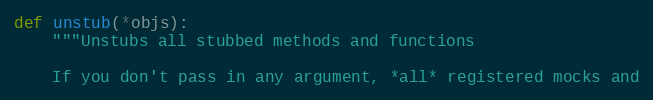
Language: Python
def unstub(*objs):
    """Unstubs all stubbed methods and functions

    If you don't pass in any argument, *all* registered mocks and